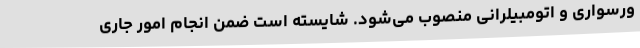
ورسواری و اتومبیلرانی منصوب می‌شود. شایسته است ضمن انجام امور جاری